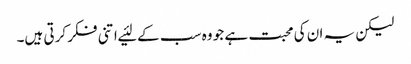
لیکن یہ ان کی محبت ہے جو وہ سب کے لئیے اتنی فکر کرتی ہیں۔